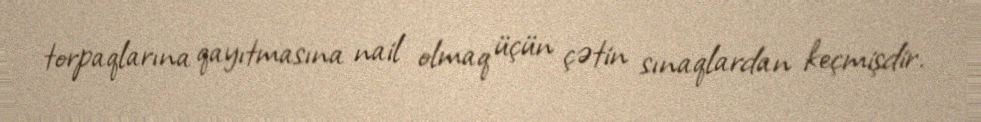
torpaqlarına qayıtmasına nail olmaq üçün çətin sınaqlardan keçmişdir.